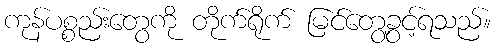
ကုန်ပစ္စည်းတွေကို တိုက်ရိုက် မြင်တွေ့ခွင့်ရသည်။